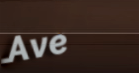
Ave